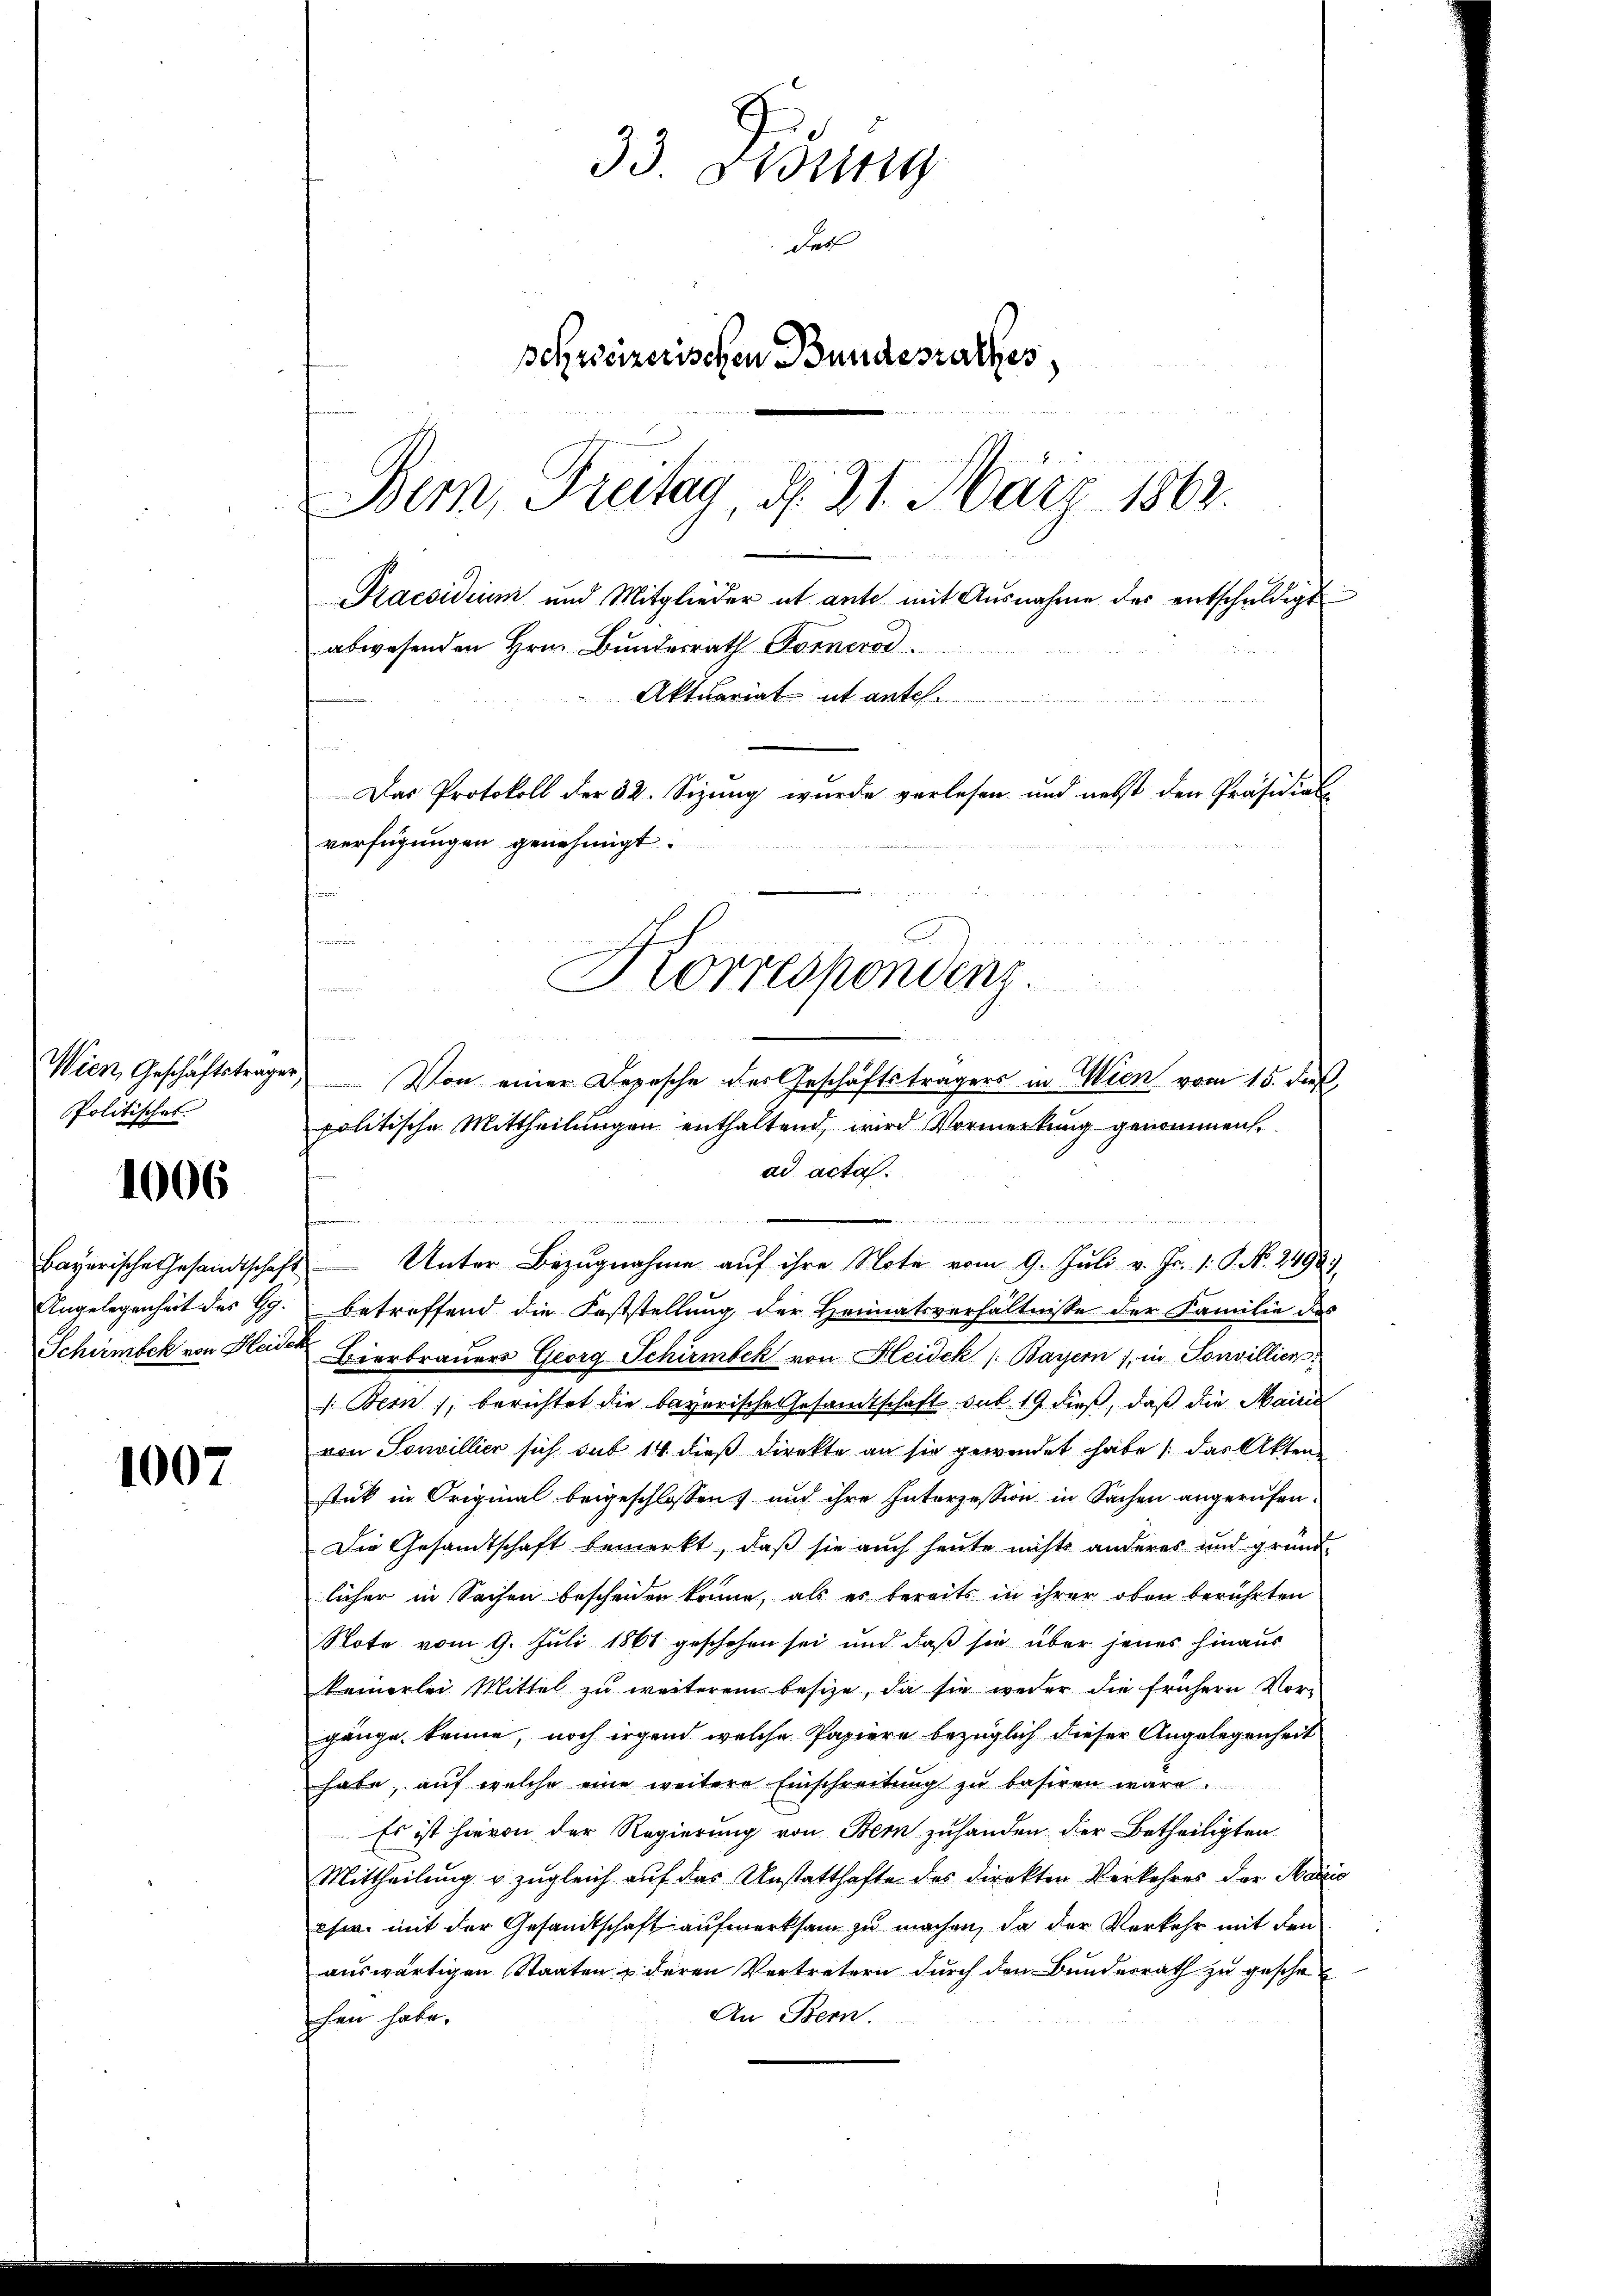
Wien, Geschäftstrage
Politisches

1006

Bayerische Gesandtschaf
Angelegenheit des Gg.
Schirmbek von Hei¬

1007

33 Ordung
Des
schweizerischen Bundesrathes,
Bem, Freitag, d. 21. März 1862.
Praesidium und Mitglieder ut ante mit Ausnahme des entschuldigt
abwesenden Hrn. Bundesrath Fornerod.
Aktuariat ut antel.
Das Protokoll der 32. Sizung wurde vorlesen und nebst den Präsidial
verfügungen genehmigt.

ad acta.
e
2 Unter Bezugnahme aŭf ihre Note vom 9. Juli v. Fr. 1. P. Nr. 2498.
betreffend die Feststellung der Heimatsverhältnisse der Familie des
a
Bierbrauers Georg Schirmbek von Heidek (Bayern), in Sonvillien
Bern, berichtet die bayerische Gesandtschaft sub 19 dieß, daß die Mairi
von Souvillier sich sub 14 dieß direkte an sie gewendet habe, das Akten.
stück in Original beigeschlossen und ihre Interzession in Sachen angerufen.
Die Gesandtschaft bemerkt, daß sie auch heute nichts anderes und gründ
licher in Sachen bescheiden könne, als es bereits in ihrer oben berührten
Note vom 9. Juli 1861 geschehen sei und daß sie über jenes hinaus
kamerlei Mittel zu weiterem besize, da sie weder die frühern Vorgänge kenne, noch irgend welche Papiere bezüglich dieser Angelegenheit
habe, auf welche eine weitere Einschreitung zu basiren wäre.
Es ist hievon der Regierung von Bern zuhanden der Betheiligten
Mittheilung u. zugleich auf das Unstatthafte des Direkten Verkehres der Marie
sw. mit der Gesandtschaft aufmerksam zu machen, da der Verkehr mit den
auswärtigen Staaten u deren Vertretern durch den Bundesrath zu gesche
An Bern.
schen habe.

Korrespondenz.
Von einer Depesche der Geschäftsträgers in Wien vom 15. dieß
politische Mittheilungen enthaltend, wird Vormerkung genommen,